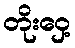
တိုးဝှေ့